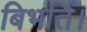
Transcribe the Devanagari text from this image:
बिभर्ति।